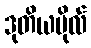
ဒုတိယဗိုလ်